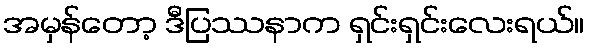
အမှန်တော့ ဒီပြဿနာက ရှင်းရှင်းလေးရယ်။